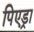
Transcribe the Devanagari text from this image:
पिएड्रा